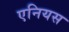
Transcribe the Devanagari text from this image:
एनियस